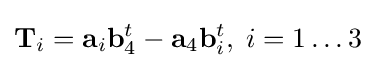
{\mathbf {T} }_{i}={\mathbf {a} }_{i}{\mathbf {b} }_{4}^{t}-{\mathbf {a} }_{4}{\mathbf {b} }_{i}^{t},\;i=1\ldots 3